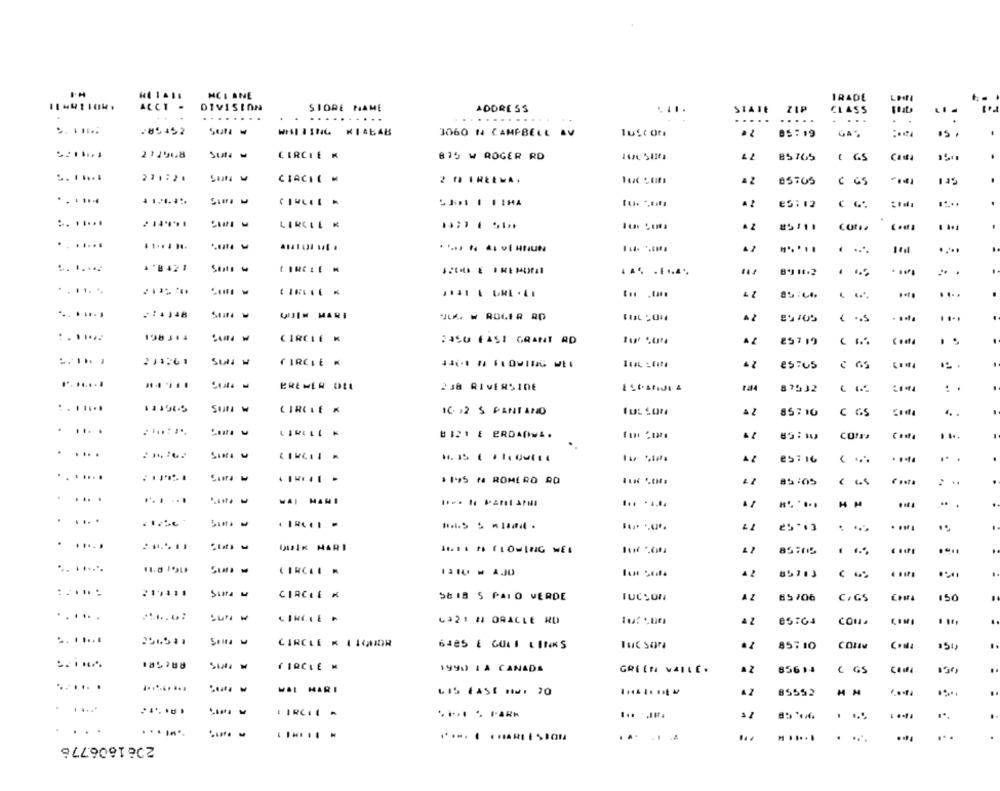
MCI ANE
IRADE
ACCT -
DIVISION
STORE NAME
ADDRESS
....
STATE
ZIP
CLASS
........
....
....
....
.85452
WHITING KIAEAB
3060 N CAMPBELL AV
luStor
05: 19
GA
212968
CIRCLE K
815 W ROGER RD
85 765
E GS
Casta
.. . ... .
271:2.
CIRCIC M
a 2
85705
C GS
CIHLII .
.2
e5:12
....
CIRCLE K
A 2
85111
con
.
.. .....
*'8421
CIRCLE M
11.
.. .
....
.
........
*LA W ROLIA AD
....
89105
198 314
CIRCLE K
DASU FASI GRANT RD
85719
=.....
211261
SUNI W
CIRCLE K
COM
.....
BREMER DI
230 RIVERSIDE
ta
87532
Sur ₩
CIRCLE K
10. 12 5 PANTANO
FUL SON
C GS
85710
. ....
BI21 & BROADWA.
85:10
.....
. ..
. ....
.. .
.......
.......
1195 ₦ ROMERO AO
85:05
:
....
......
WAI MANI
.. .
.
. ....
25*13
. .....
QUIK HARI
.
... ......
CIRCLE .
13IU - AJU
A 2
85713
:.....
2141.
CIRCLE K
58 18 5 PALO VERDE
TUCSON
85106
C/GS
Com
150
......
CIRCLE .
6321 H ORACLE RO
42
85:04
CON
.......
256521
CIRCLE K LIQUOR
6425 E GOLI LINKS
Tuc Sara
85710
COMM
Comla
150
185788
É IRCLE K
1990 1A CANADA
GREEN VAILC.
85614
( 65
.......
WAL HARI
85552
.....
CIRCLE -
...
...
.......
. A.
.
...
.